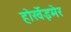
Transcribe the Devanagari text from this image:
होर्खेइमेर